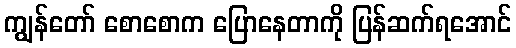
ကျွန်တော် စောစောက ပြောနေတာကို ပြန်ဆက်ရအောင်